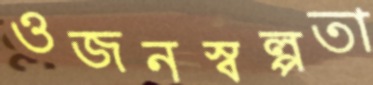
ওজনস্বল্পতা